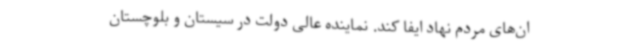
ان‌های مردم نهاد ایفا کند. نماینده عالی دولت در سیستان و بلوچستان